Civil Veterinary Department. Central Provinces & Berar 1932-41 - 1932-1941
Year: 1932
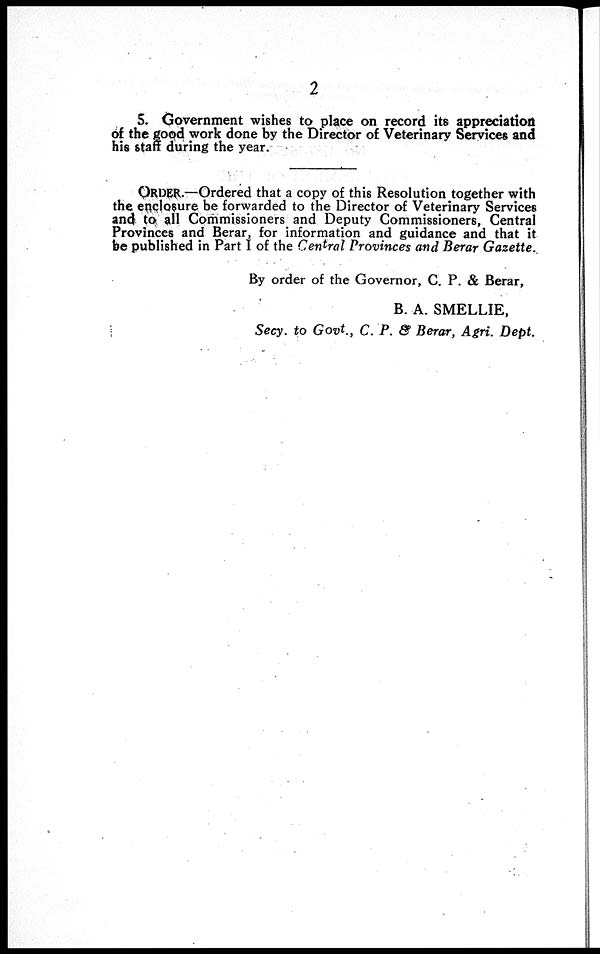
2
5. Government wishes to place on record its appreciation
of the good work done by the Director of Veterinary Services and
his staff during the year.
ORDER.—Ordered that a copy of this Resolution together with
the enclosure be forwarded to the Director of Veterinary Services
and to all Commissioners and Deputy Commissioners, Central
Provinces and Berar, for information and guidance and that it
be published in Part I of the Central Provinces and Berar Gazette.
By order of the Governor, C. P. & Berar,
B. A. SMELLIE,
Secy. to Govt., C. P. & Berar, Agri. Dept.